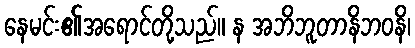
နေမင်း၏အရောင်တို့သည်။ န အဘိဘူတာနိဘဝနိ၊